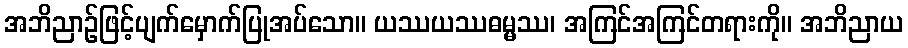
အဘိညာဉ်ဖြင့်ပျက်မှောက်ပြုအပ်သော။ ယဿယဿဓမ္မဿ၊ အကြင်အကြင်တရားကို။ အဘိညာယ